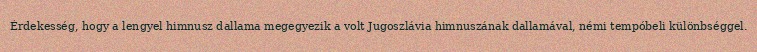
Érdekesség, hogy a lengyel himnusz dallama megegyezik a volt Jugoszlávia himnuszának dallamával, némi tempóbeli különbséggel.